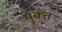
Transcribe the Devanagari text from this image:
मुक्त्त